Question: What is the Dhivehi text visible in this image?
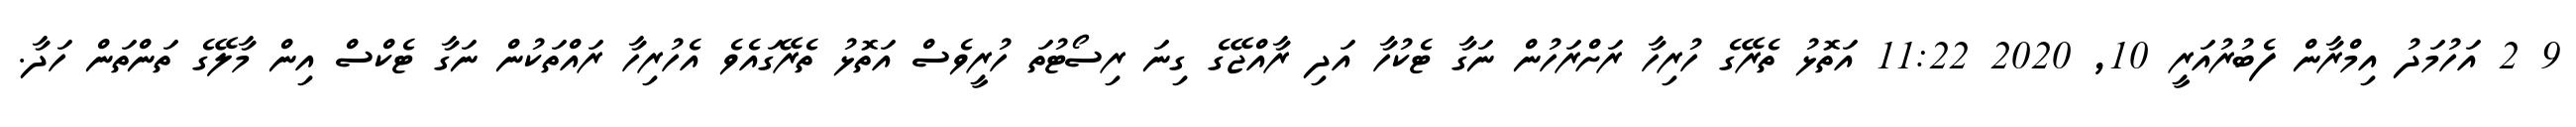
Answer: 9 2 އަހުމަދު އިމްރާން ފެބުރުއަރީ 10, 2020 11:22 އަތޮޅު ތެރޭގެ ހުރިހާ ރަށްރަހުން ނަގާ ޓެކުހާ އަދި ރާއްޖޭގެ ގިނަ ރިސޯޓުތަ ހުރީވެސް އަތޮޅު ތެރޭގައެވެ އެހުރިހާ ރައްތަކުން ނަގާ ޓެކްސް އިން މާލޭގެ ތަންތަން ހަދާ.